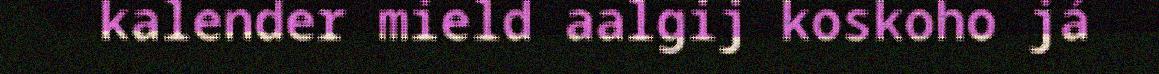
kalender mield aalgij koskoho já